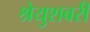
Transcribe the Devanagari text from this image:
श्रेयुशबरी